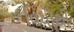
વિધીથી